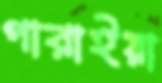
পারাইয়া